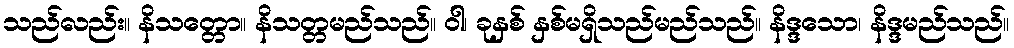
သည်လည်း။ နိသတ္တော။ နိသတ္တမည်သည်။ ဝါ၊ ခုနှစ် နှစ်မရှိသည်မည်သည်။ နိဒ္ဒသော၊ နိဒ္ဒမည်သည်။